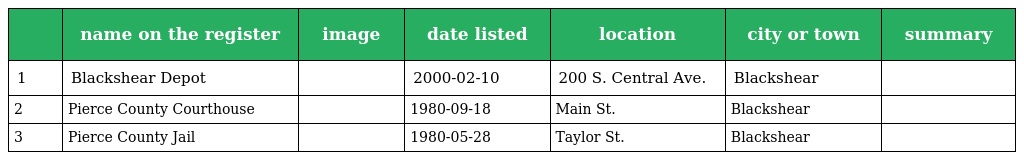
|  | name on the register | image | date listed | location | city or town | summary |
 | --- | --- | --- | --- | --- | --- | --- |
 | 1 | Blackshear Depot |  | 2000-02-10 | 200 S. Central Ave. | Blackshear |  |
 | 2 | Pierce County Courthouse |  | 1980-09-18 | Main St. | Blackshear |  |
 | 3 | Pierce County Jail |  | 1980-05-28 | Taylor St. | Blackshear |  |